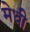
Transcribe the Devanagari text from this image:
मेधी